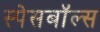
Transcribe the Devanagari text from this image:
स्पेसबॉल्स